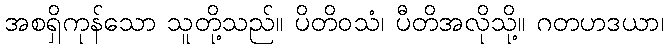
အစရှိကုန်သော သူတို့သည်။ ပိတိဝသံ၊ ပီတိအလိုသို့။ ဂတဟဒယာ၊